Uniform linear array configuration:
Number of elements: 48
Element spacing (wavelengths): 1
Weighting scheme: uniform
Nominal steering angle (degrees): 30
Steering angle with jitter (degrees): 29.3
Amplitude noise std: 0.05
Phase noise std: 0.05

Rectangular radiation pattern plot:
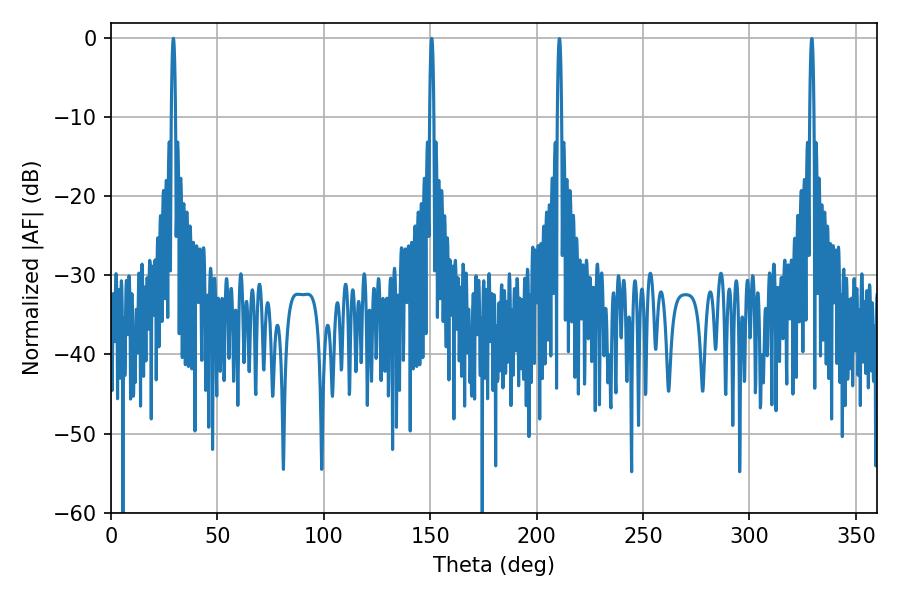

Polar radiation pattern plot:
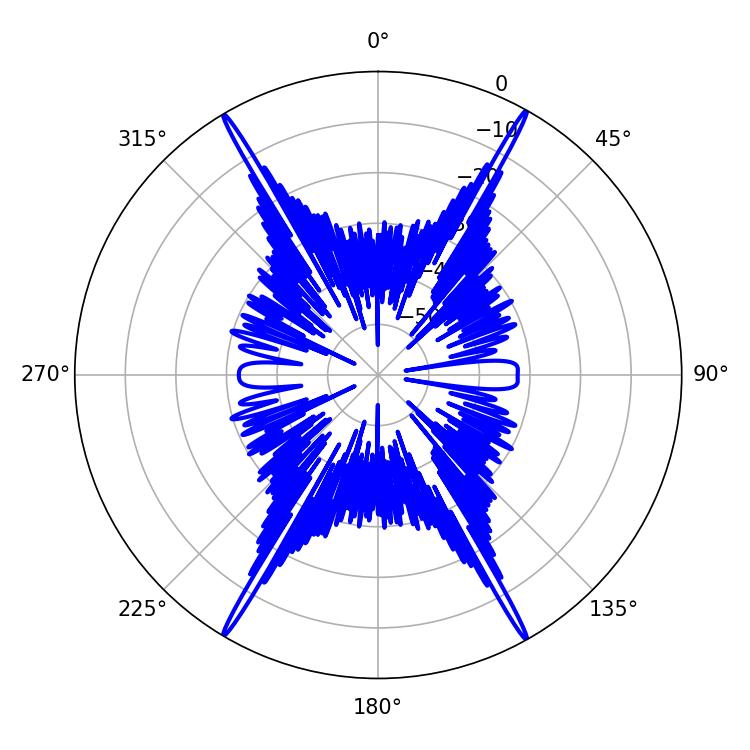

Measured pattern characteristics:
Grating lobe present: TRUE
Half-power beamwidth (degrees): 1.08
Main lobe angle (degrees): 150.66